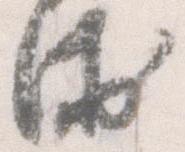
衛